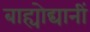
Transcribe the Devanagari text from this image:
बाह्योद्यानीं